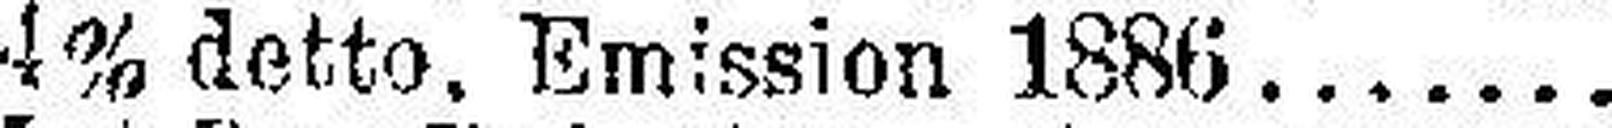
4% detto, Emission 1886